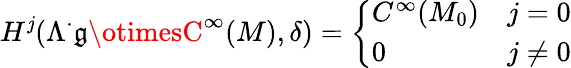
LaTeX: H^{\mathit{j}}(\Lambda^{\cdot}{\mathfrak{{g}}}\otimesC^{\infty}(M),\delta)={\left\{ \begin{array}{ll}{C^{\infty}(M_{0})}&{j=0}\\ {0}&{j\neq 0}\end{array}\right.}